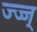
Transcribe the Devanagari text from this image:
ज्ज्ज्